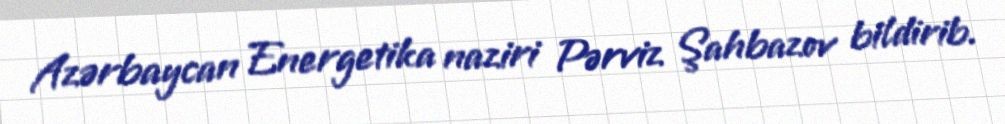
Azərbaycan Energetika naziri Pərviz Şahbazov bildirib.